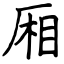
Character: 厢